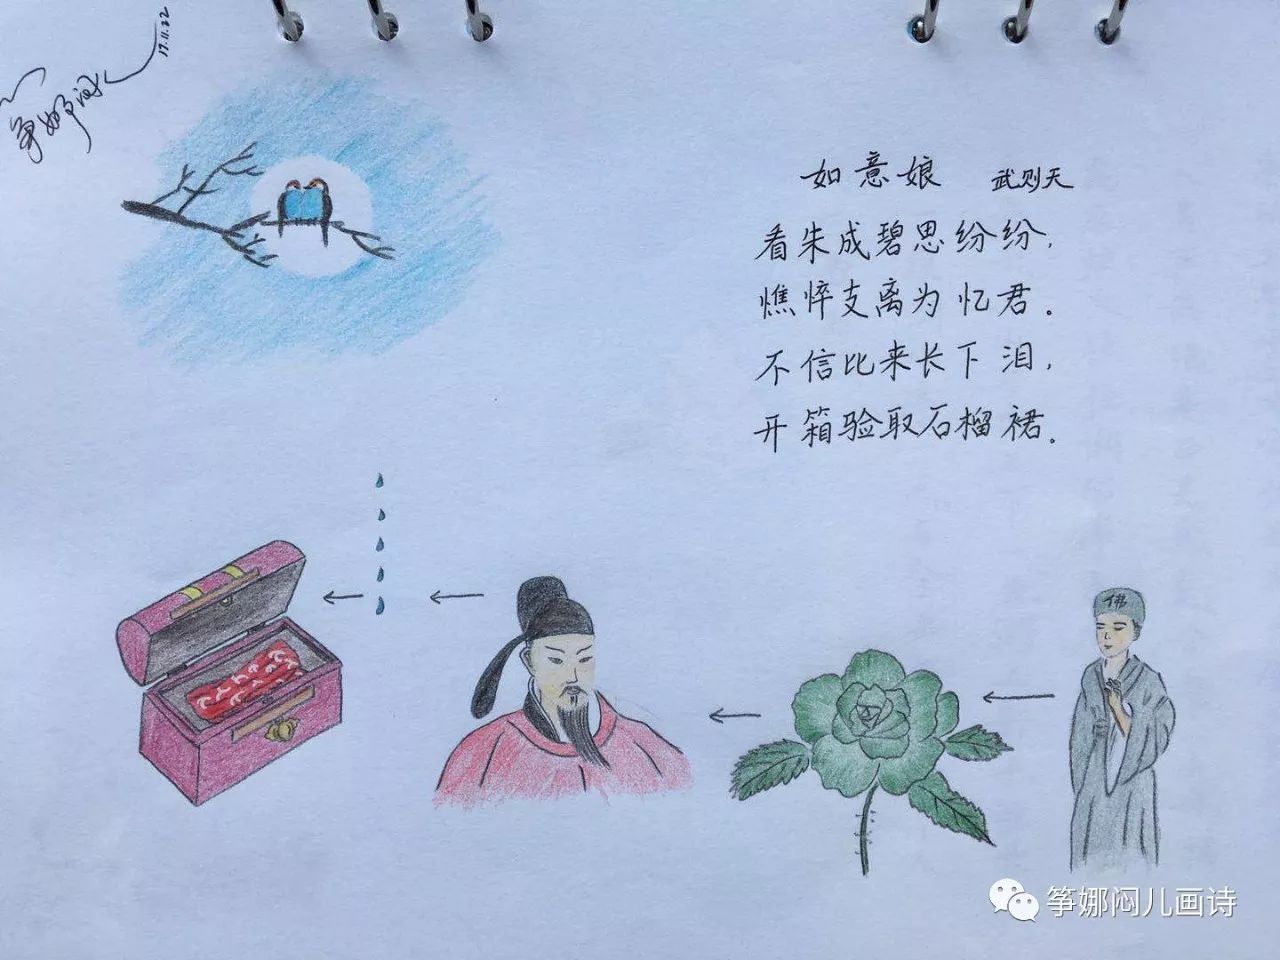
不信比来长下泪，开箱验取石榴裙。